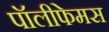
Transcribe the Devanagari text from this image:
पॉलीफेमस